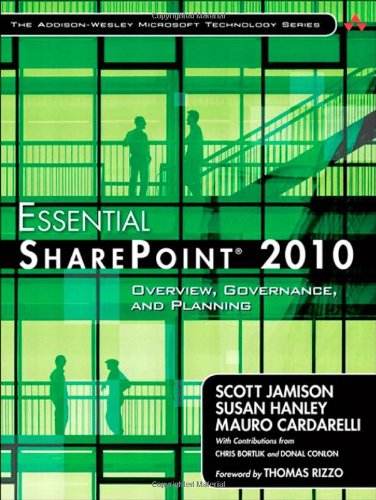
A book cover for Essential SharePoint 2010: Overview, Governance, and Planning (Addison-Wesley Microsoft Technology Series); Scott Jamison; Computers & Technology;